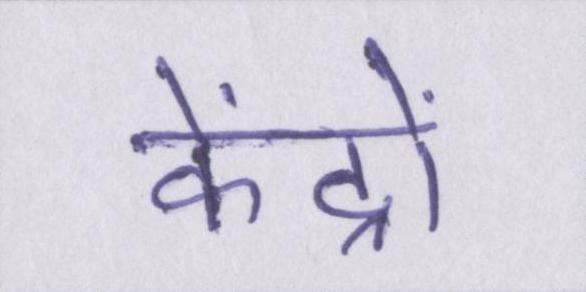
केंद्रों